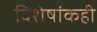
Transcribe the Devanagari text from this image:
विशेषांकही